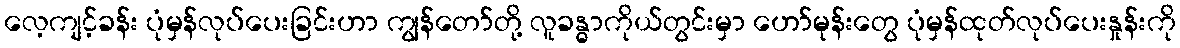
လေ့ကျင့်ခန်း ပုံမှန်လုပ်ပေးခြင်းဟာ ကျွန်တော်တို့ လူခန္ဓာကိုယ်တွင်းမှာ ဟော်မုန်းတွေ ပုံမှန်ထုတ်လုပ်ပေးနှုန်းကို